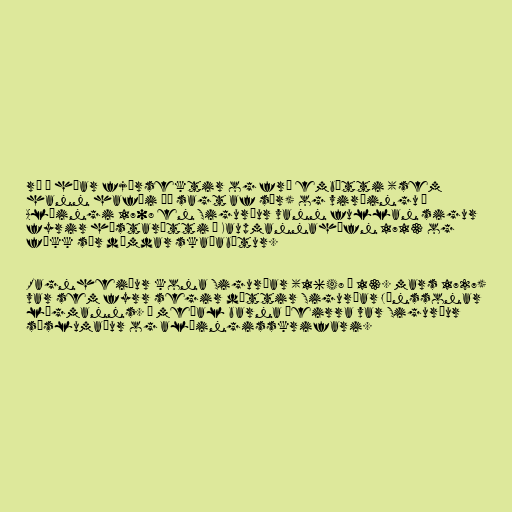
rð í háar fjársektir og frá embætti (sem
hann hafði þó sagt af sér) og virðingu á
Alþingi 1708 en Sigurður vann fullan sigur
fyrir hæstarétti í Kaupmannahöfn 1713 og
fékk sér dæmdar skaðabætur.

Ragnheiður kona Sigurðar (1648 – 13. mars 1727)
var sem fyrr segir dóttir Sigurðar Jónssonar
lögmanns. Á meðal barna þeirra var Sigurður
sýslumaður og alþingisskrifari.